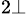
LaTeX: ^{2\bot}